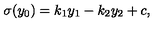
\sigma ( y _ { 0 } ) = k _ { 1 } y _ { 1 } - k _ { 2 } y _ { 2 } + c , \,